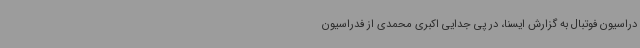
دراسیون فوتبال به گزارش ایسنا، در پی جدایی اکبری محمدی از فدراسیون